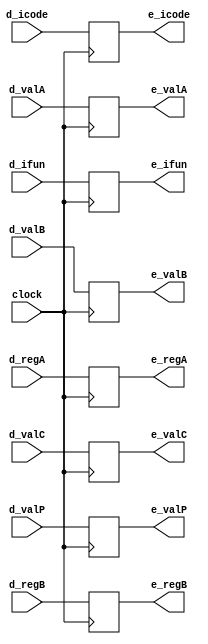
`timescale 1ns / 1ps

module execute_register(d_icode,d_ifun,d_regA,d_regB,d_valC,d_valP,d_valA,d_valB,e_icode,e_ifun,e_regA,e_regB,e_valC,e_valP,e_valA,e_valB,clock);  
input clock;

input [3:0] d_icode,d_ifun,d_regA,d_regB;
input [63:0] d_valC,d_valP,d_valA,d_valB;
output reg [3:0] e_icode,e_ifun,e_regA,e_regB;
output reg [63:0] e_valC,e_valP,e_valA,e_valB;

always@(posedge clock)
begin
  e_icode <=  d_icode;     
  e_ifun <=  d_ifun;    
  e_regA <=  d_regA;  
  e_regB <=  d_regB;  
  e_valC <=  d_valC;    
  e_valP <=  d_valP;    
  e_valA <=  d_valA;    
  e_valB <=  d_valB;    
end
endmodule